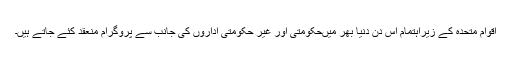
اقوام متحدہ کے زیراہتمام اس دن دنیا بھر میںحکومتی اور غیر حکومتی اداروں کی جانب سے پروگرام منعقد کئے جاتے ہیں۔